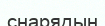
снарядын